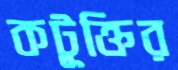
কটূক্তির